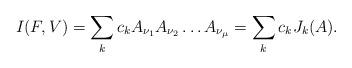
LaTeX: \begin{align*}I(F,V)=\sum_k c_k A_{\nu_1}A_{\nu_2}\ldots A_{\nu_{\mu}}= \sum_k c_kJ_k(A).\end{align*}